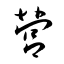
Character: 營